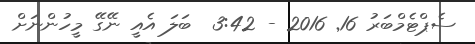
ސެޕްޓެމްބަރު 16